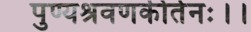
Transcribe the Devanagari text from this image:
पुण्यश्रवणकीर्तनः।।